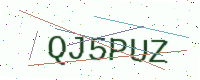
Text: QJ5PUZ